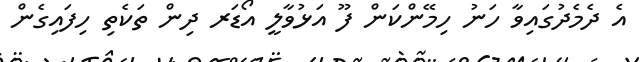
އެ ދެމެދުގައިވާ ހަނު ހިމޭންކަން ފޫ އަޅުވާލީ އޯޑަރ ދިން ތަކެތި ހިފައިގެން